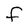
Character: F